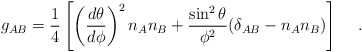
\begin{align*}g_{AB} = {1 \over 4}\left[\left({d\theta \over d\phi}\right)^2 n_A n_B +{\sin^2\theta\over\phi^2} (\delta_{AB} - n_A n_B) \right] \hskip0.5 cm .\end{align*}